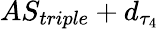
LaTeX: AS_{triple}+d_{\tau_{4}}